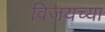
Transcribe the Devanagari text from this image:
विजयच्या